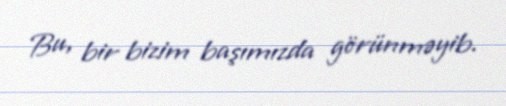
Bu, bir bizim başımızda görünməyib.